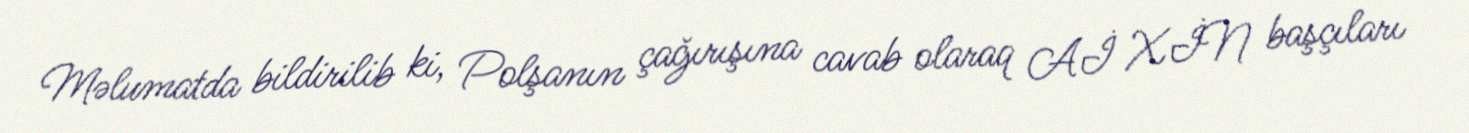
Məlumatda bildirilib ki, Polşanın çağırışına cavab olaraq Aİ XİN başçıları